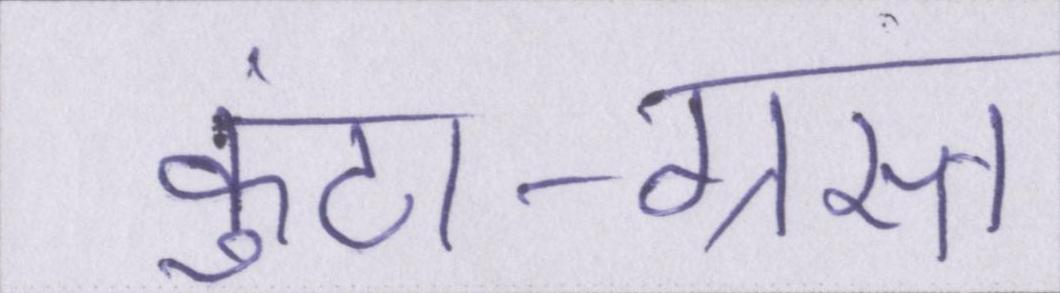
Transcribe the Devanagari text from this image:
कुंठा-ग्रस्त